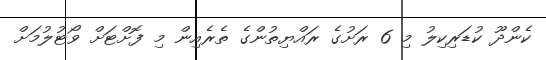
ކެންދޫ ކުޑަރިކިލު މި 6 ރަށުގެ ރައްޔިތުންގެ ތެރެއިން މި ފޮށްޓަށް ވޯޓުލުމަށް